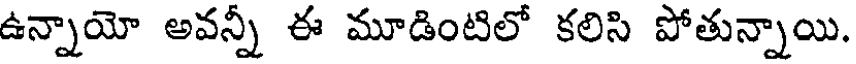
ఉన్నాయో అవన్నీ ఈ మూడింటిలో కలిసి పోతున్నాయి.